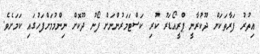
އިތުރު ފަރާތަކަށް ދޫކުރާނީ ޕްރީއޯޑަރު ކުރި ކަސްޓަމަރުންނަށް ފޯނު ދޫކޮށް ނިންމުމަށްފަހުގައި ކަމަށެވެ.